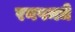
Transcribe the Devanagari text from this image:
रनपमधे